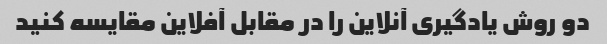
دو روش یادگیری آنلاین را در مقابل آفلاین مقایسه کنید